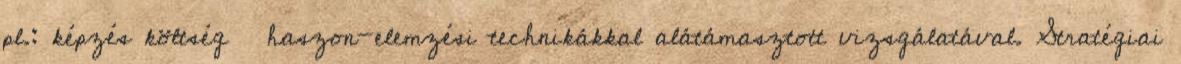
pl.: képzés költség haszon-elemzési technikákkal alátámasztott vizsgálatával. Stratégiai